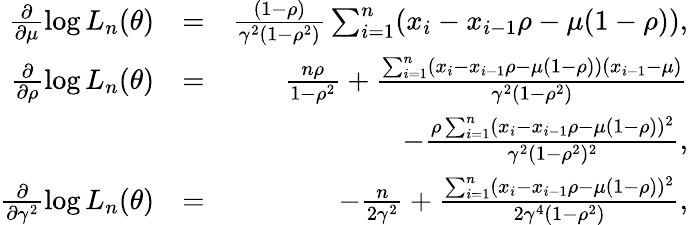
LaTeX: \begin{array}{rlr}{\frac{\partial}{\partial\mu}\log L_{n}(\theta)}&{=}&{\frac{(1-\rho)}{\gamma^{2}(1-\rho^{2})}\sum_{i=1}^{n}(x_{i}-x_{i-1}\rho-\mu(1-\rho)),}\\ {\frac{\partial}{\partial\rho}\log L_{n}(\theta)}&{=}&{\frac{n\rho}{1-\rho^{2}}+\frac{\sum_{i=1}^{n}(x_{i}-x_{i-1}\rho-\mu(1-\rho))(x_{i-1}-\mu)}{\gamma^{2}(1-\rho^{2})}}\\ &{}&{-\frac{\rho\sum_{i=1}^{n}(x_{i}-x_{i-1}\rho-\mu(1-\rho))^{2}}{\gamma^{2}(1-\rho^{2})^{2}},}\\ {\frac{\partial}{\partial\gamma^{2}}\log L_{n}(\theta)}&{=}&{-\frac{n}{2\gamma^{2}}+\frac{\sum_{i=1}^{n}(x_{i}-x_{i-1}\rho-\mu(1-\rho))^{2}}{2\gamma^{4}(1-\rho^{2})},}\end{array}